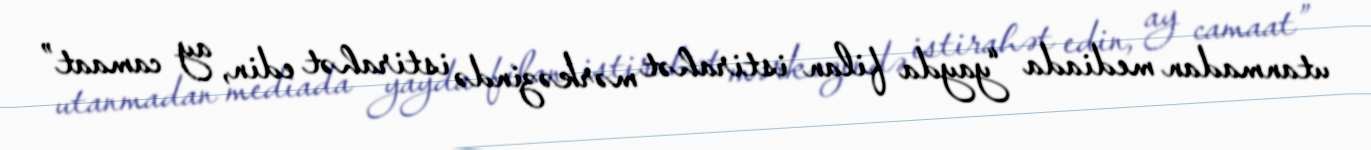
utanmadan mediada “yayda filan istirahət mərkəzində istirahət edin, ay camaat”